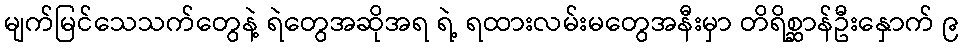
မျက်မြင်သေသက်တွေနဲ့ ရဲတွေအဆိုအရ ရဲ့ ရထားလမ်းမတွေအနီးမှာ တိရိစ္ဆာန်ဦးနှောက် ၉